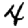
Digit: 4